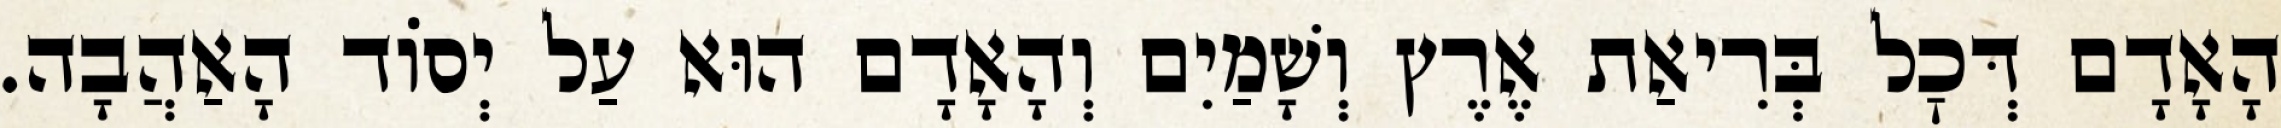
הָאָדָם דְּכׇל בְּרִיאַת אֶרֶץ וְשָׁמַיִם וְהָאָדָם הוּא עַל יְסוֹד הָאַהֲבָה.